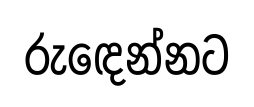
රුඳෙන්නට